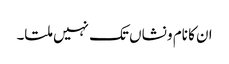
ان کا نام و نشاں تک نہیں ملتا۔